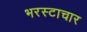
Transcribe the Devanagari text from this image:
भरस्टाचार